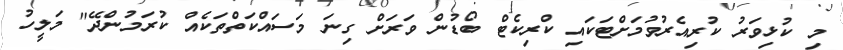
މި ކުޅިވަރު ކުރިއެރުވުމަށްޓަކައި ކްރިކެޓް ބޯޑުން ވަރަށް ގިނަ މަސައްކަތްތަކެއް ކުރަމުންދޭ" މަލީހު